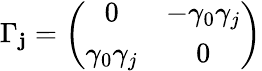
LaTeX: \Gamma_{\mathbf{j}}=\left(\begin{array}{cc}{{0}}&{{-\gamma_{0}\gamma_{j}}}\\ {{\gamma_{0}\gamma_{j}}}&{{0}}\end{array}\right)